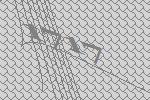
1717